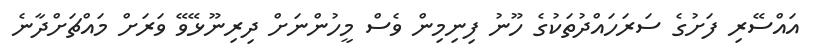
އައްސޭރި ފަށުގެ ސަރަހައްދުތަކުގެ ހޫނު ފިނިމިން ވެސް މީހުންނަށް ދިރިނޫޅޭވޭ ވަރަށް މައްޗަށްދާނެ